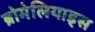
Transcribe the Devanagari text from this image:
ब्रोमेलियाड्स